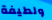
ولطيفة